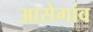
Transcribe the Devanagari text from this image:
आसेगांव